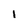
Character: I